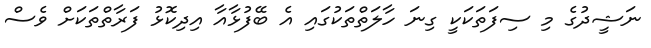
ނަޝީދުގެ މި ސިފަތަކަކީ ގިނަ ހާލަތްތަކުގައި އެ ބޭފުޅާއާ އިދިކޮޅު ފަރާތްތަކަށް ވެސް